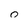
Character: 0